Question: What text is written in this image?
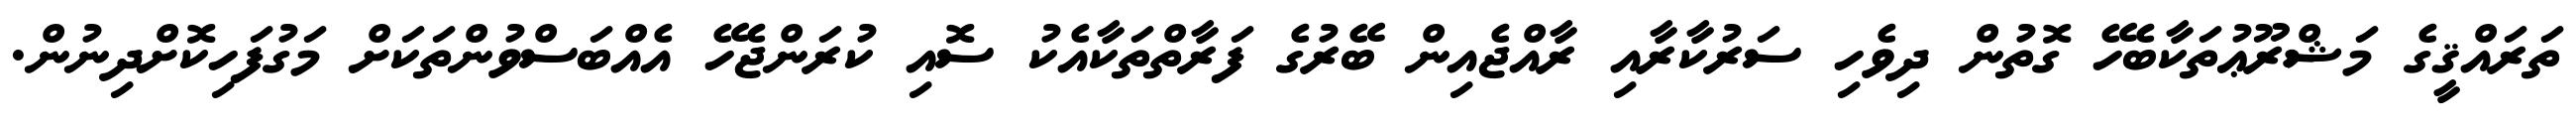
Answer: ތަރައްޤީގެ މަޝްރޫޢުތަކާބެހޭ ގޮތުން ދިވެހި ސަރުކާރާއި ރާއްޖެއިން ބޭރުގެ ފަރާތްތަކާއެކު ސޮއި ކުރަންޖެހޭ އެއްބަސްވުންތަކަށް މަގުފަހިކޮށްދިނުން.